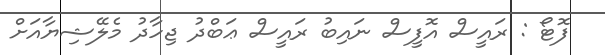
ފޮޓޯ : ރައީސް އޮފީސް ނައިބު ރައީސް ޢަބްދު ޖިހާދު މެލޭޝިޔާއަށް